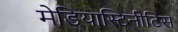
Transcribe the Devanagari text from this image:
मेडियास्टिनीटिस